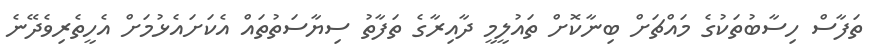
ތަފާސް ހިސާބުތަކުގެ މައްޗަށް ބިނާކޮށް ތައުލީމީ ދާއިރާގެ ތަފާތު ސިޔާސަތުތައް އެކަށައެޅުމަށް އެހީތެރިވެދޭނެ